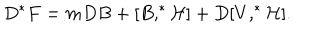
D ^ { * } F = m D B + [ B , ^ { * } { \cal H ] } + D [ V , ^ { * } { \cal H } ] .